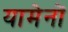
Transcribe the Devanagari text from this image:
यामेनों